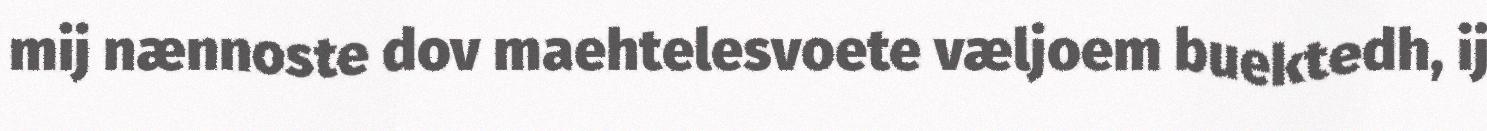
mij nænnoste dov maehtelesvoete væljoem buektedh, ij